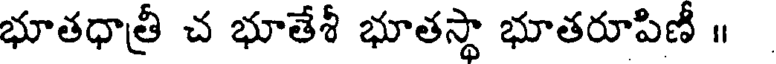
భూతధాత్రీ చ భూతేశీ భూతస్థా భూతరూపిణీ ॥